342_HS1-416511228_319.1 Flying Discs 1949
Agency: Department of War
Incident date: 1/9/50
Page 46
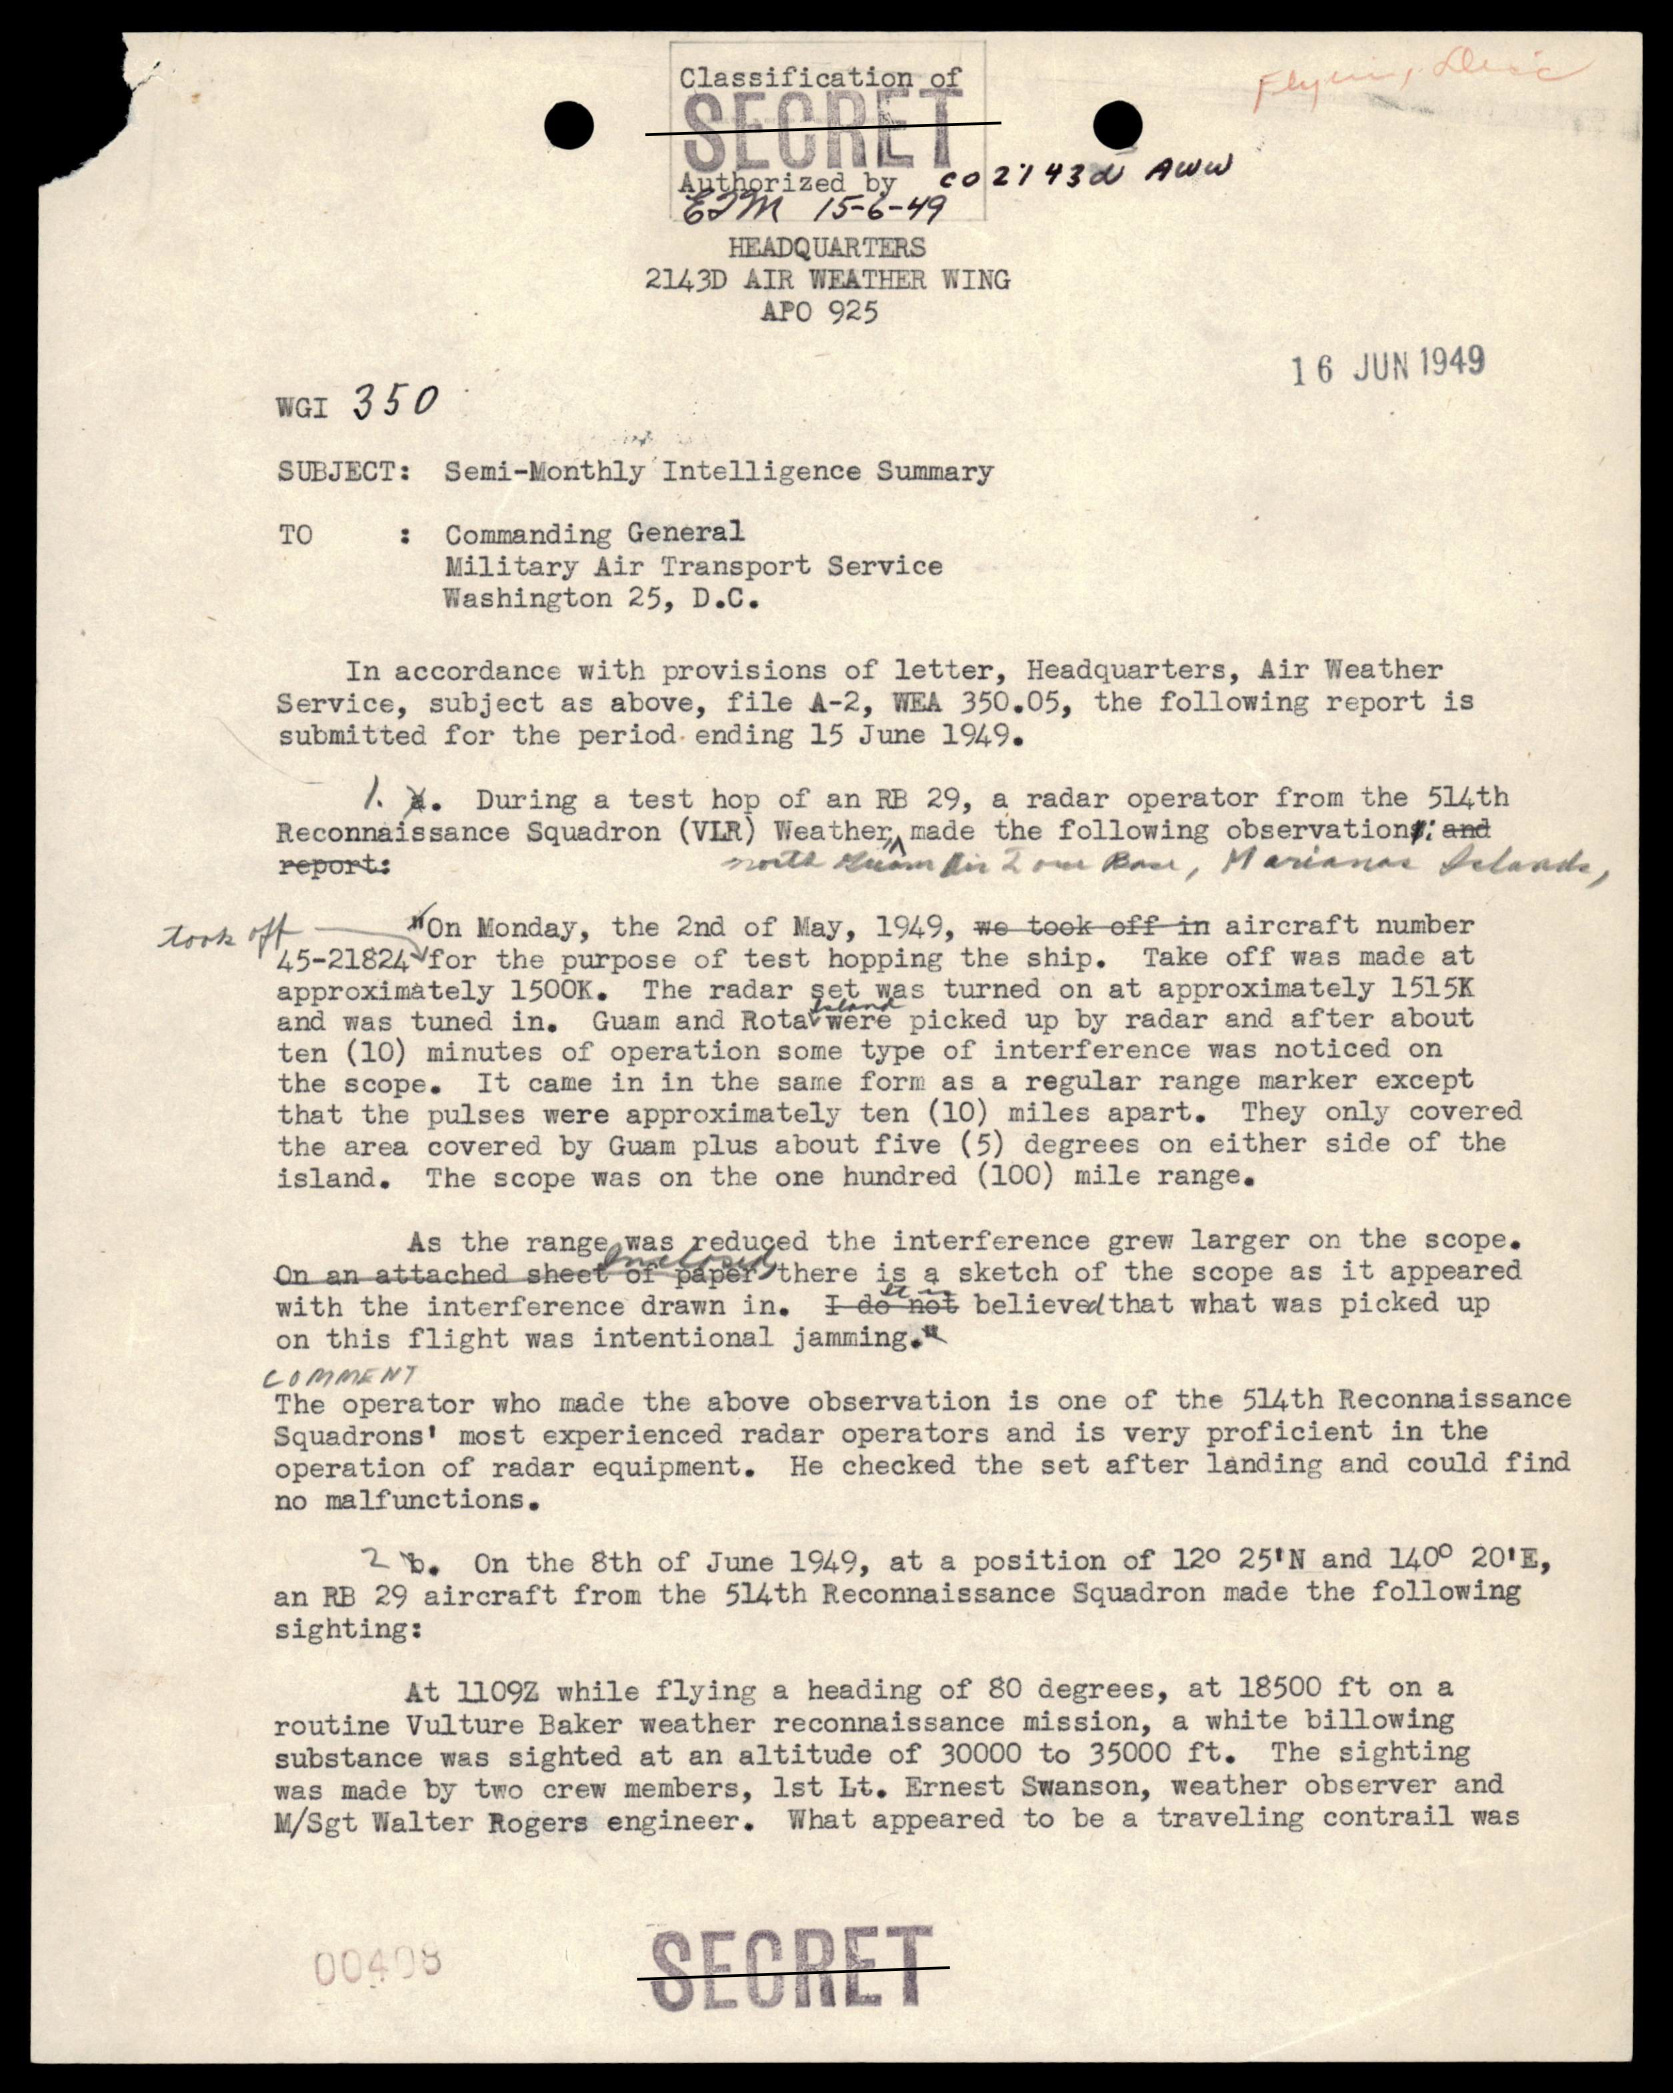